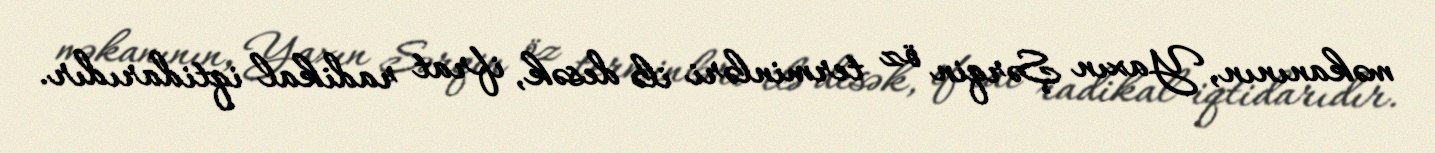
məkanının, Yaxın Şərqin öz terminləri ilə desək, ifrat radikal iqtidarıdır.